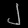
Digit: ၂